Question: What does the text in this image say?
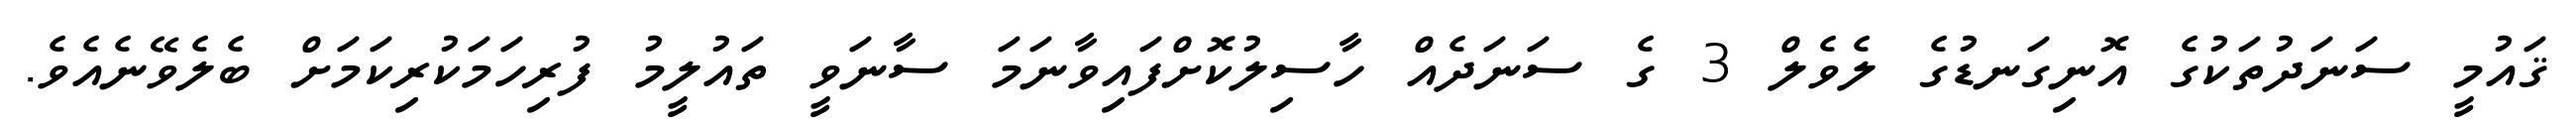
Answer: ޤައުމީ ސަނަދުތަކުގެ އޮނިގަނޑުގެ ލެވެލް 3 ގެ ސަނަދެއް ހާސިލުކޮށްފައިވާނަމަ ސާނަވީ ތައުލީމު ފުރިހަމަކުރިކަމަށް ބެލެވޭނެއެވެ.